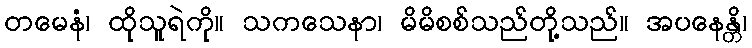
တမေနံ၊ ထိုသူရဲကို။ သကသေနာ၊ မိမိစစ်သည်တို့သည်။ အပနေန္တိ၊